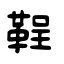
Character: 鞓